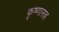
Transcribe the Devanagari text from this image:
कृष्णासह